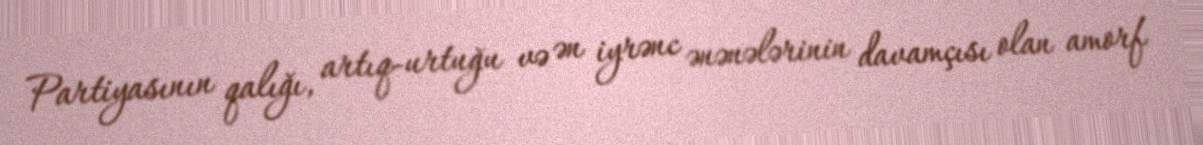
Partiyasının qalığı, artıq-urtuğu və ən iyrənc ənənələrinin davamçısı olan amorf